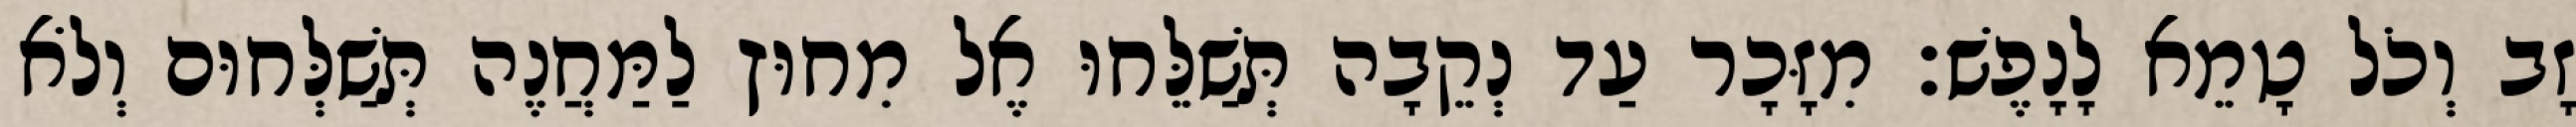
זָב וְכֹל טָמֵא לָנָפֶשׁ׃ מִזָּכָר עַד נְקֵבָה תְּשַׁלֵּחוּ אֶל מִחוּץ לַמַּחֲנֶה תְּשַׁלְּחוּם וְלֹא